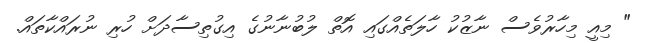
" މިއީ މިހާރުވެސް ނާޒުކު ހާލަތެއްގައި އޮތް ލުބުނާނުގެ އިގުތިސާދަށް ހުރި ނުރައްކާތައް.